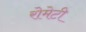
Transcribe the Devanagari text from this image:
रोमेटी